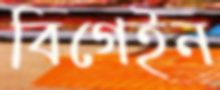
বিগেইন